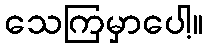
သေကြမှာပေါ့။